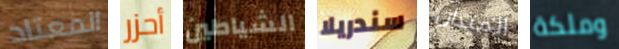
المعتاد أحزر الشياطين سندريلا الميدان وملكة